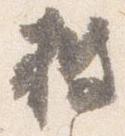
披